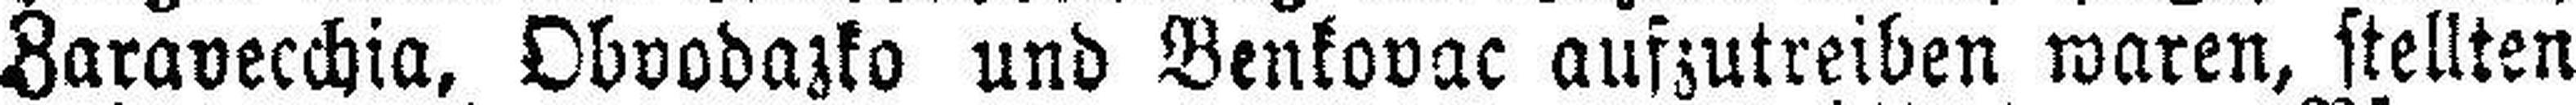
Zaravecchia, Obvodazko und Benkovac aufzutreiben waren, stellten